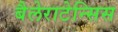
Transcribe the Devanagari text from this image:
बैलेराटेन्सिस